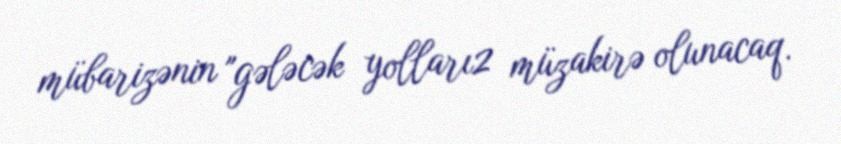
mübarizənin "gələcək yolları2 müzakirə olunacaq.